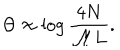
LaTeX: \Theta \approx \log \displaystyle \frac { 4 N } { { \cal M } L } .